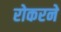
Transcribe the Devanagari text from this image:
रोकरने